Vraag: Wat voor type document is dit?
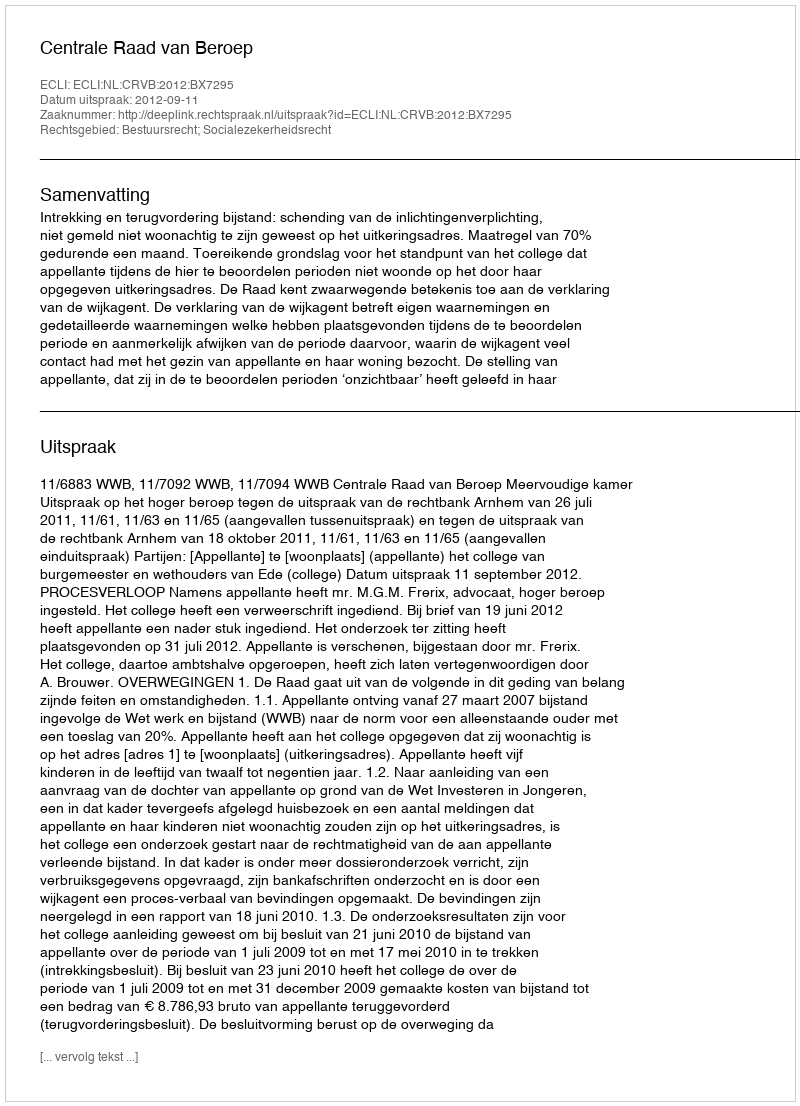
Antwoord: Uitspraak